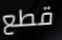
قطع